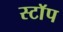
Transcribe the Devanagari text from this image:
स्टाॅप